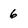
Character: 6